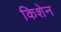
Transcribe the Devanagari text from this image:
किशेन